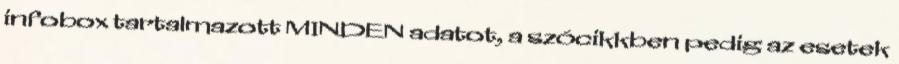
infobox tartalmazott MINDEN adatot, a szócikkben pedig az esetek